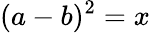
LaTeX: (a-b)^{2}=x\,